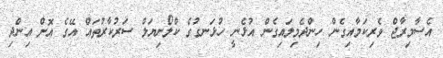
އެސާމިރާޖް ވެރިކަމާއިގެން ހިންދެމިލައިގެން އުޅެނީ ހުޅަނގުގެ ކްލޯނިޔަލް ސަރުކާރުތައް އޭގެ އޮށް އިންދި